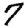
Digit: 7